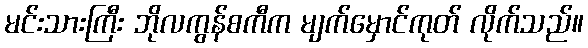
မင်းသားကြီး ဘိုလကွန်စကီက မျက်မှောင်ကုတ် လိုက်သည်။